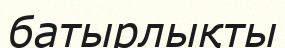
батырлықты